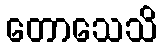
တောသေသိ